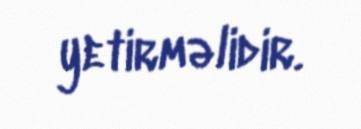
yetirməlidir.